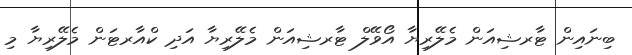
ބިނައިން ޓާރޝިއަން މެލޭރިޔާ އޯވޭލް ޓާރޝިއަން މެލޭރިޔާ އަދި ކްއާރޓަން މެލޭރިޔާ މި